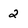
Character: 2